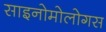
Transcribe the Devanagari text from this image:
साइनोमोलोगस